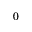
0